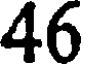
46